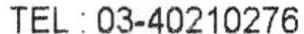
TEL : 03-40210276